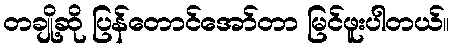
တချို့ဆို ပြန်တောင်အော်တာ မြင်ဖူးပါတယ်။